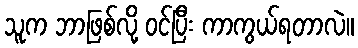
သူက ဘာဖြစ်လို့ ဝင်ပြီး ကာကွယ်ရတာလဲ။